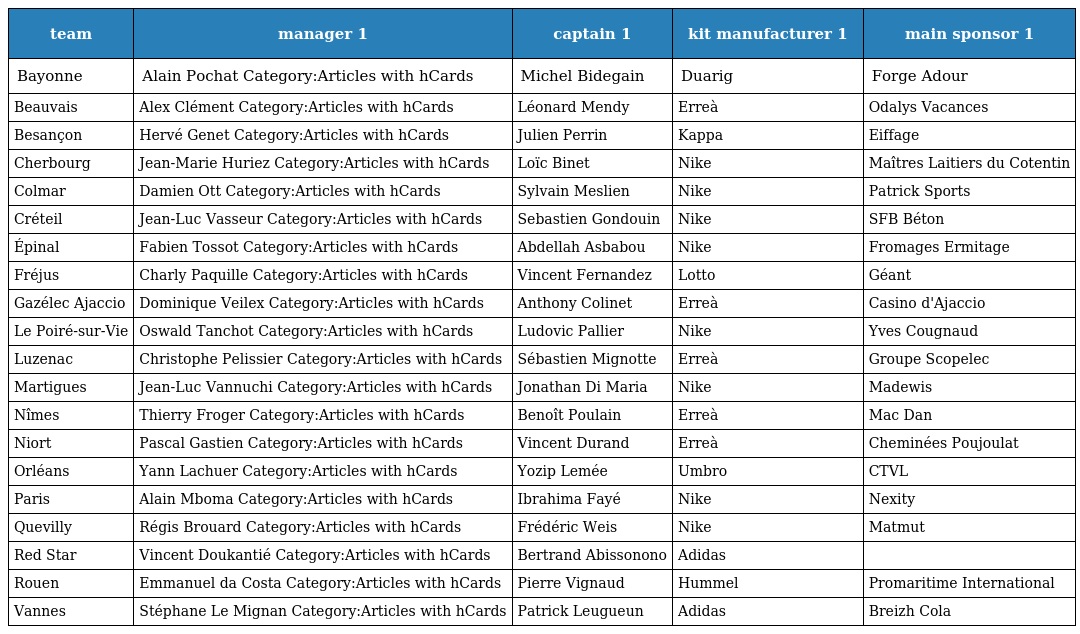
| team | manager 1 | captain 1 | kit manufacturer 1 | main sponsor 1 |
 | --- | --- | --- | --- | --- |
 | Bayonne | Alain Pochat Category:Articles with hCards | Michel Bidegain | Duarig | Forge Adour |
 | Beauvais | Alex Clément Category:Articles with hCards | Léonard Mendy | Erreà | Odalys Vacances |
 | Besançon | Hervé Genet Category:Articles with hCards | Julien Perrin | Kappa | Eiffage |
 | Cherbourg | Jean-Marie Huriez Category:Articles with hCards | Loïc Binet | Nike | Maîtres Laitiers du Cotentin |
 | Colmar | Damien Ott Category:Articles with hCards | Sylvain Meslien | Nike | Patrick Sports |
 | Créteil | Jean-Luc Vasseur Category:Articles with hCards | Sebastien Gondouin | Nike | SFB Béton |
 | Épinal | Fabien Tossot Category:Articles with hCards | Abdellah Asbabou | Nike | Fromages Ermitage |
 | Fréjus | Charly Paquille Category:Articles with hCards | Vincent Fernandez | Lotto | Géant |
 | Gazélec Ajaccio | Dominique Veilex Category:Articles with hCards | Anthony Colinet | Erreà | Casino d'Ajaccio |
 | Le Poiré-sur-Vie | Oswald Tanchot Category:Articles with hCards | Ludovic Pallier | Nike | Yves Cougnaud |
 | Luzenac | Christophe Pelissier Category:Articles with hCards | Sébastien Mignotte | Erreà | Groupe Scopelec |
 | Martigues | Jean-Luc Vannuchi Category:Articles with hCards | Jonathan Di Maria | Nike | Madewis |
 | Nîmes | Thierry Froger Category:Articles with hCards | Benoît Poulain | Erreà | Mac Dan |
 | Niort | Pascal Gastien Category:Articles with hCards | Vincent Durand | Erreà | Cheminées Poujoulat |
 | Orléans | Yann Lachuer Category:Articles with hCards | Yozip Lemée | Umbro | CTVL |
 | Paris | Alain Mboma Category:Articles with hCards | Ibrahima Fayé | Nike | Nexity |
 | Quevilly | Régis Brouard Category:Articles with hCards | Frédéric Weis | Nike | Matmut |
 | Red Star | Vincent Doukantié Category:Articles with hCards | Bertrand Abissonono | Adidas |  |
 | Rouen | Emmanuel da Costa Category:Articles with hCards | Pierre Vignaud | Hummel | Promaritime International |
 | Vannes | Stéphane Le Mignan Category:Articles with hCards | Patrick Leugueun | Adidas | Breizh Cola |